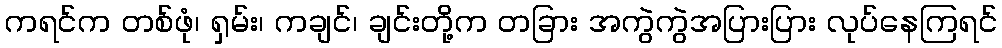
ကရင်က တစ်ဖုံ၊ ရှမ်း၊ ကချင်၊ ချင်းတို့က တခြား အကွဲကွဲအပြားပြား လုပ်နေကြရင်